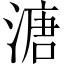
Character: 溏